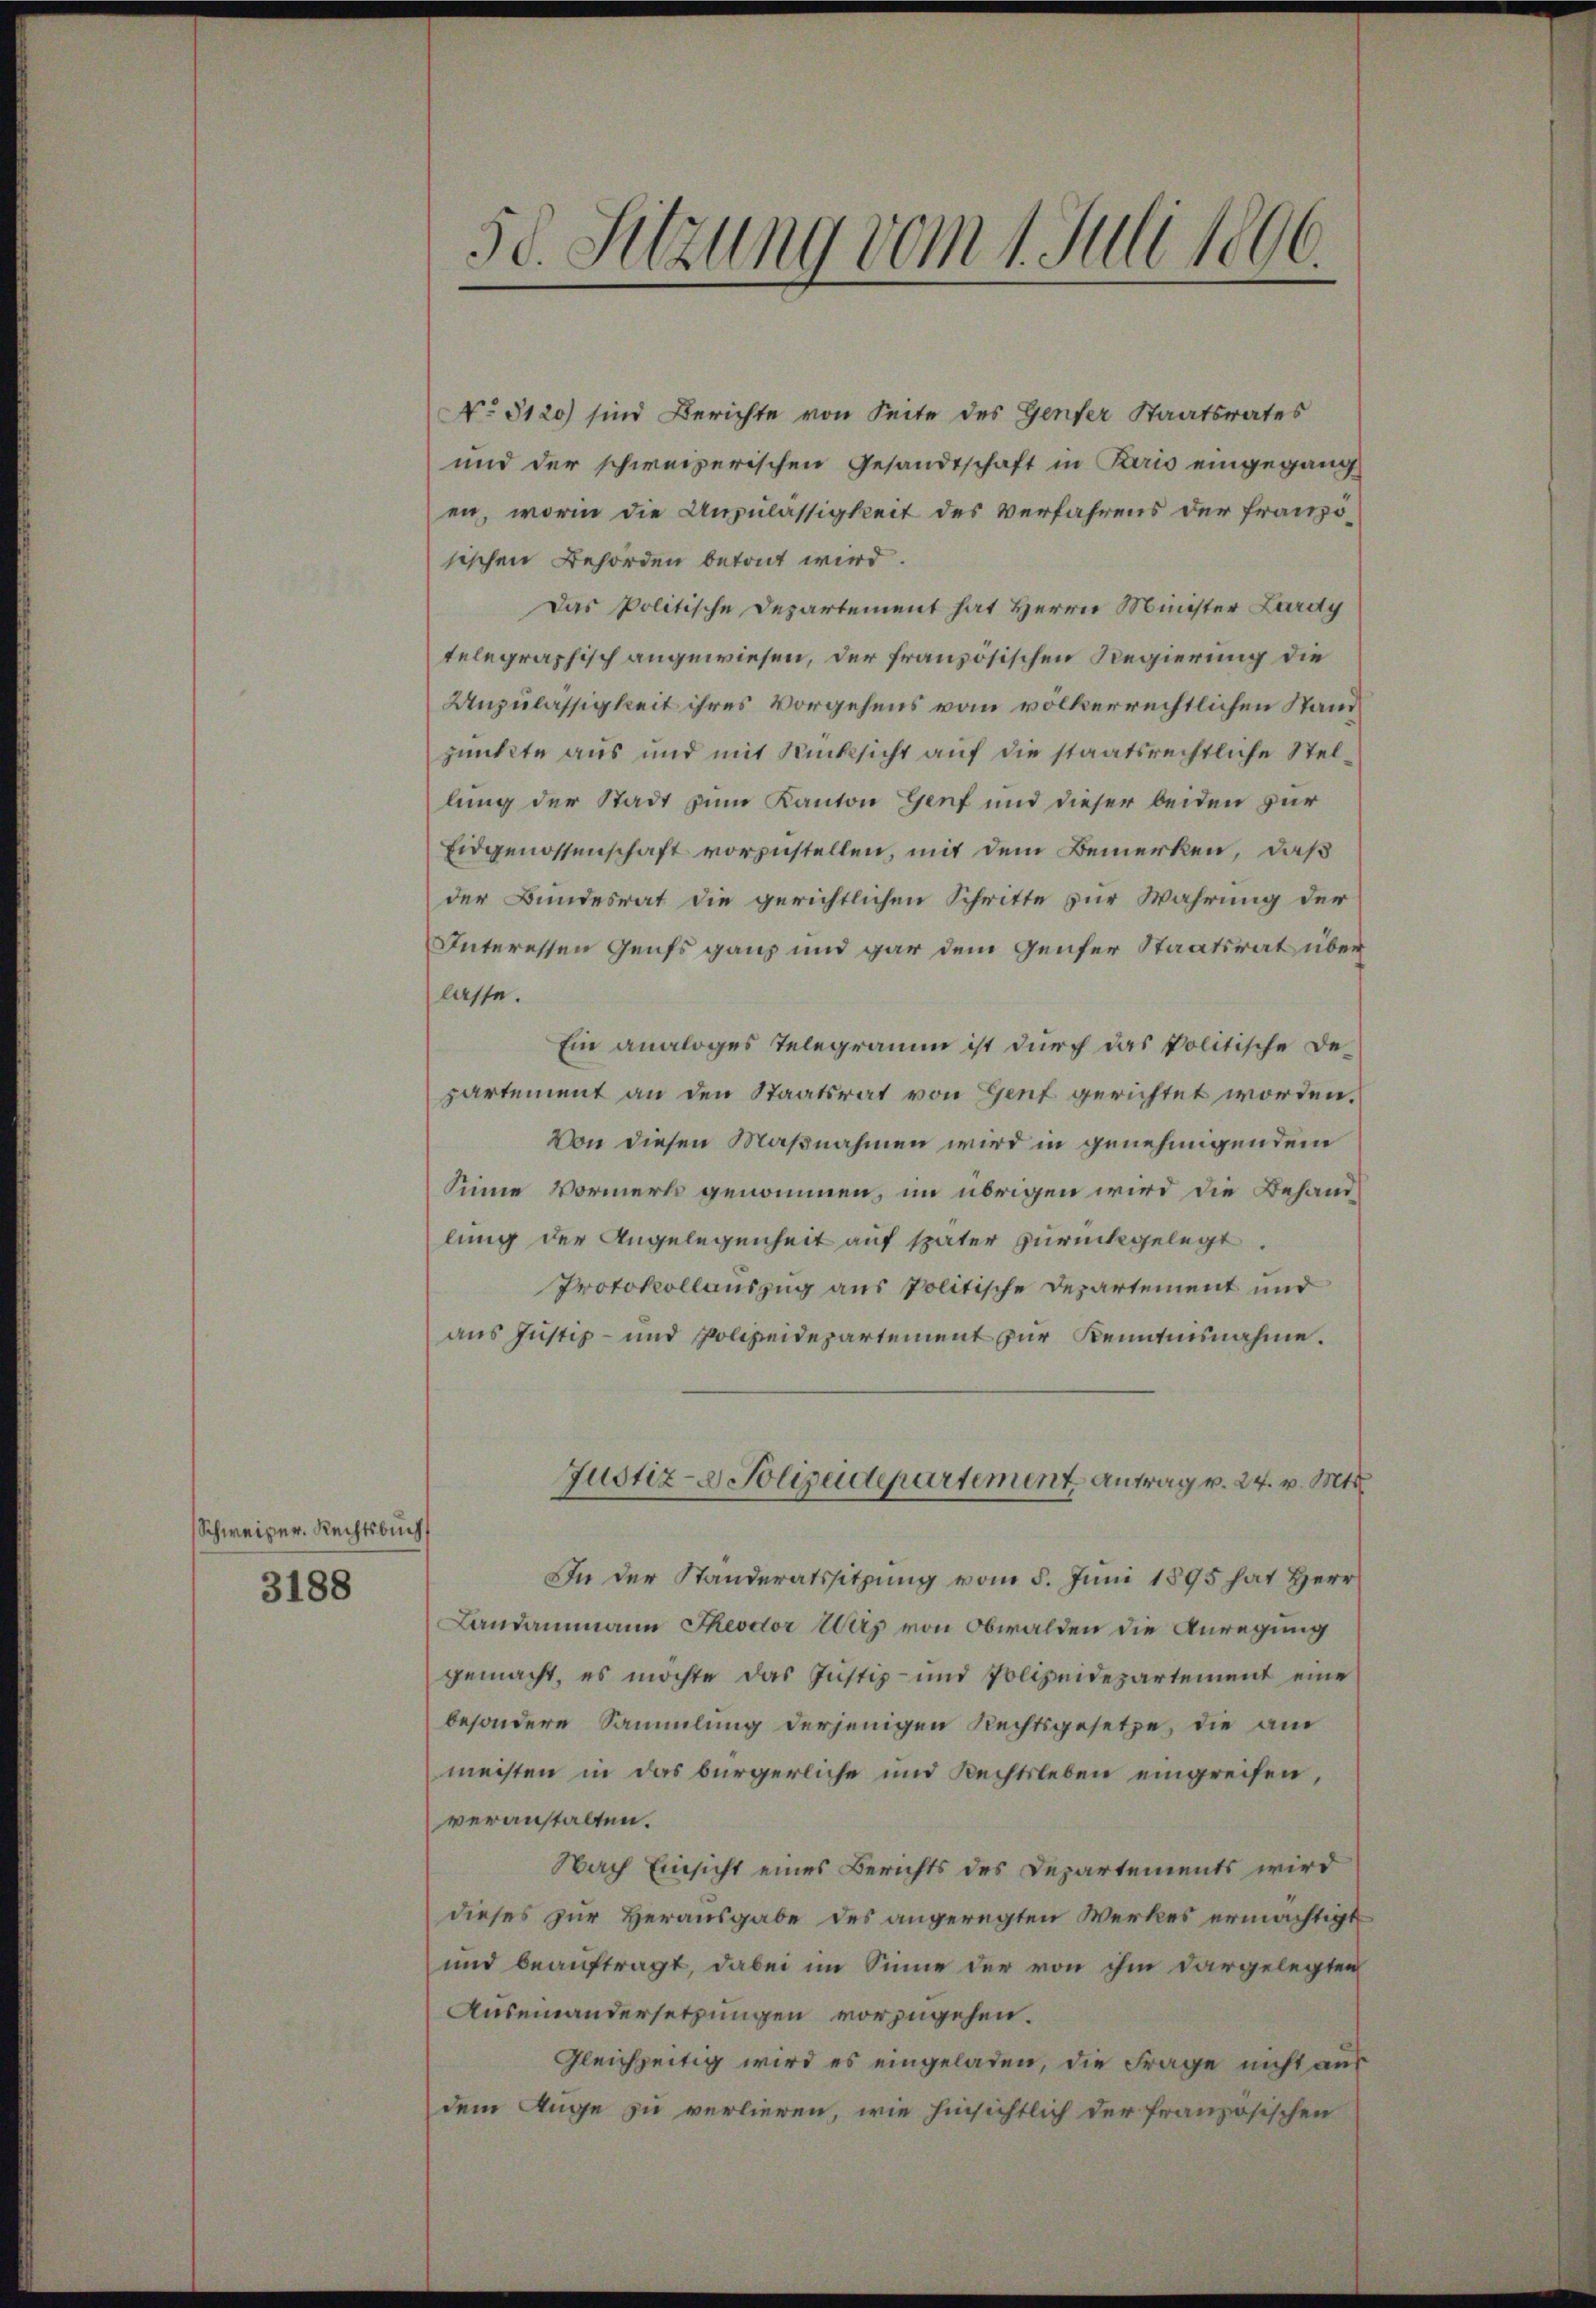
Schweizer. Rechtsbuch

3188

.
50. Sitzung vom 1. Juli 1890.

No 5120) sind Berichte von Seite des Genfer Staatsrates
und der schweizerischen Gesandtschaft in Paris eingegang
en, worin die Anzulässigkeit des Verfahrens der französischen Behörden betont wird.
Das Politische Departement hat Herrn Münster Lardy
telegraphisch angewiesen, der französischen Regierung die
Unzulässigkeit ihres Vorgehens vom volkerrechtlichen Stand
punkte aus und mit Rücksicht auf die staatsrechtliche Stellung der Stadt zum Kanton Genf und dieser beiden zur
Eidgenossenschaft vorzustellen, mit dem Bemerken, daß
der Bundesrat die gerichtlichen Schritte zur Wahrung der
Interessen Genfs ganz und gar dem Genfer Staatsrat überlasse.
Ein analoges Telegramm ist durch das Politische De-
partement an den Staatsrat von Genf gerichtet worden.
Von diesen Maßnahmen wird in genehmigendem
Sinne Vormerk genommen, im übrigen wird die Behandlung der Angelegenheit auf später zurückgelegt.
Protokollauszug aus politische Departement und
aus Justiz- und Polizeidepartement zur Kenntnisnahme.
Justiz- & Polizeidepartement Antrag v. 24. v. Mts.
In der Standeratssitzung vom 5. Juni 1895 hat Herr
Landammann Theodor Weis von Obwalden die Anregung
gemacht, es möchte das Justiz- und Polizeidepartement eine
besondere Sammlung derjenigen Rechtsgesetze, die am
meisten in das bürgerliche und Rechtsleben eingreifen,
veranstalten.
Nach Einsicht eines Berichts des Departements wird
dieses zur Herausgabe des angeregten Werkes ermächtigt
und beauftragt, dabei im Sinne der von ihm dargelegten
Auseinandersetzungen vorzugehen.
Gleichzeitig wird es eingeladen, die Frage nicht aus
dem Auge zu verlieren, wie hinsichtlich der französischen